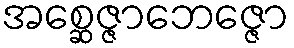
အစ္ဆေဇ္ဇာဘေဇ္ဇော